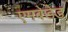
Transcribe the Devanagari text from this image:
एमबेडेड